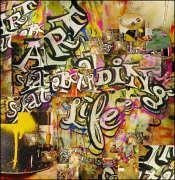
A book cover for Art, Skateboarding and Life (Book & 2 DVDs); Andy Howell; Sports & Outdoors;